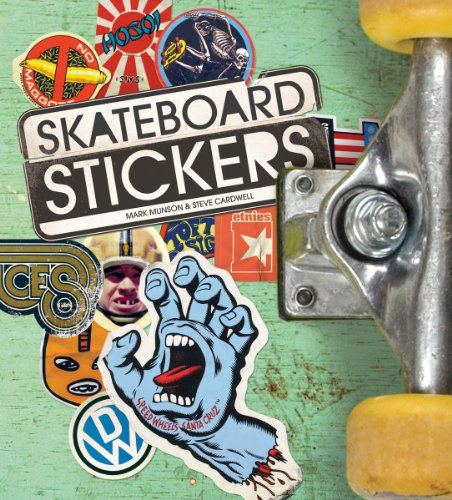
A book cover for Skateboard Stickers; Steve Cardwell; Sports & Outdoors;